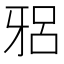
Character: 𱭦